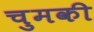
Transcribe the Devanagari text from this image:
चुमकी